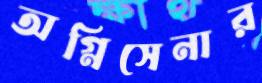
অগ্নিসেনার